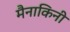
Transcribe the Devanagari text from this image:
मैनाकिनी